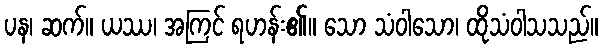
ပန၊ ဆက်။ ယဿ၊ အကြင် ရဟန်း၏။ သော သံဝါသော၊ ထိုသံဝါသသည်။